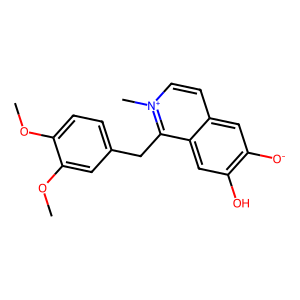
SMILES: COc1ccc(Cc2c3cc(O)c([O-])cc3cc[n+]2C)cc1OC
Inhibits HIV replication: No